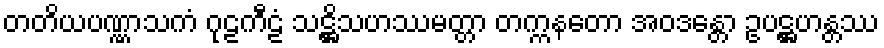
တတိယပဏ္ဏာသကံ ဂုဠကီဠံ သဋ္ဌိသဟဿမတ္တာ တက္ကနတော အဝဒန္တော ဥပဋ္ဌဟန္တဿ